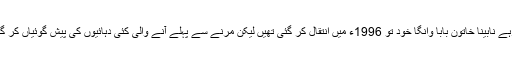
واضح رہے نابینا خاتون بابا وانگا خود تو 1996ء میں انتقال کر گئی تھیں لیکن مرنے سے پہلے آنے والی کئی دہائیوں کی پیش گوئیاں کر گئی تھیں۔